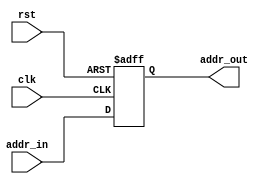
module program_counter(clk, rst, addr_in, addr_out);
	input clk, rst;
	input [31:0] addr_in;
	output reg [31:0] addr_out;

	always @(negedge rst or posedge clk) begin
		if (!rst) begin
			addr_out <= 0;
		end
		else begin
			addr_out <= addr_in;
		end
	end
	
endmodule